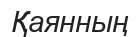
Қаянның